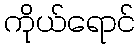
ကိုယ်ရောင်